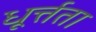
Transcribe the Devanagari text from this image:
धूर्त्तता